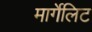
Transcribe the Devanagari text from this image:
मार्गेलिट